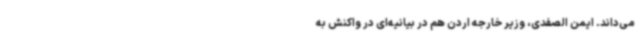
می‌داند. ایمن الصفدی، وزیر خارجه اردن هم در بیانیه‌ای در واکنش به